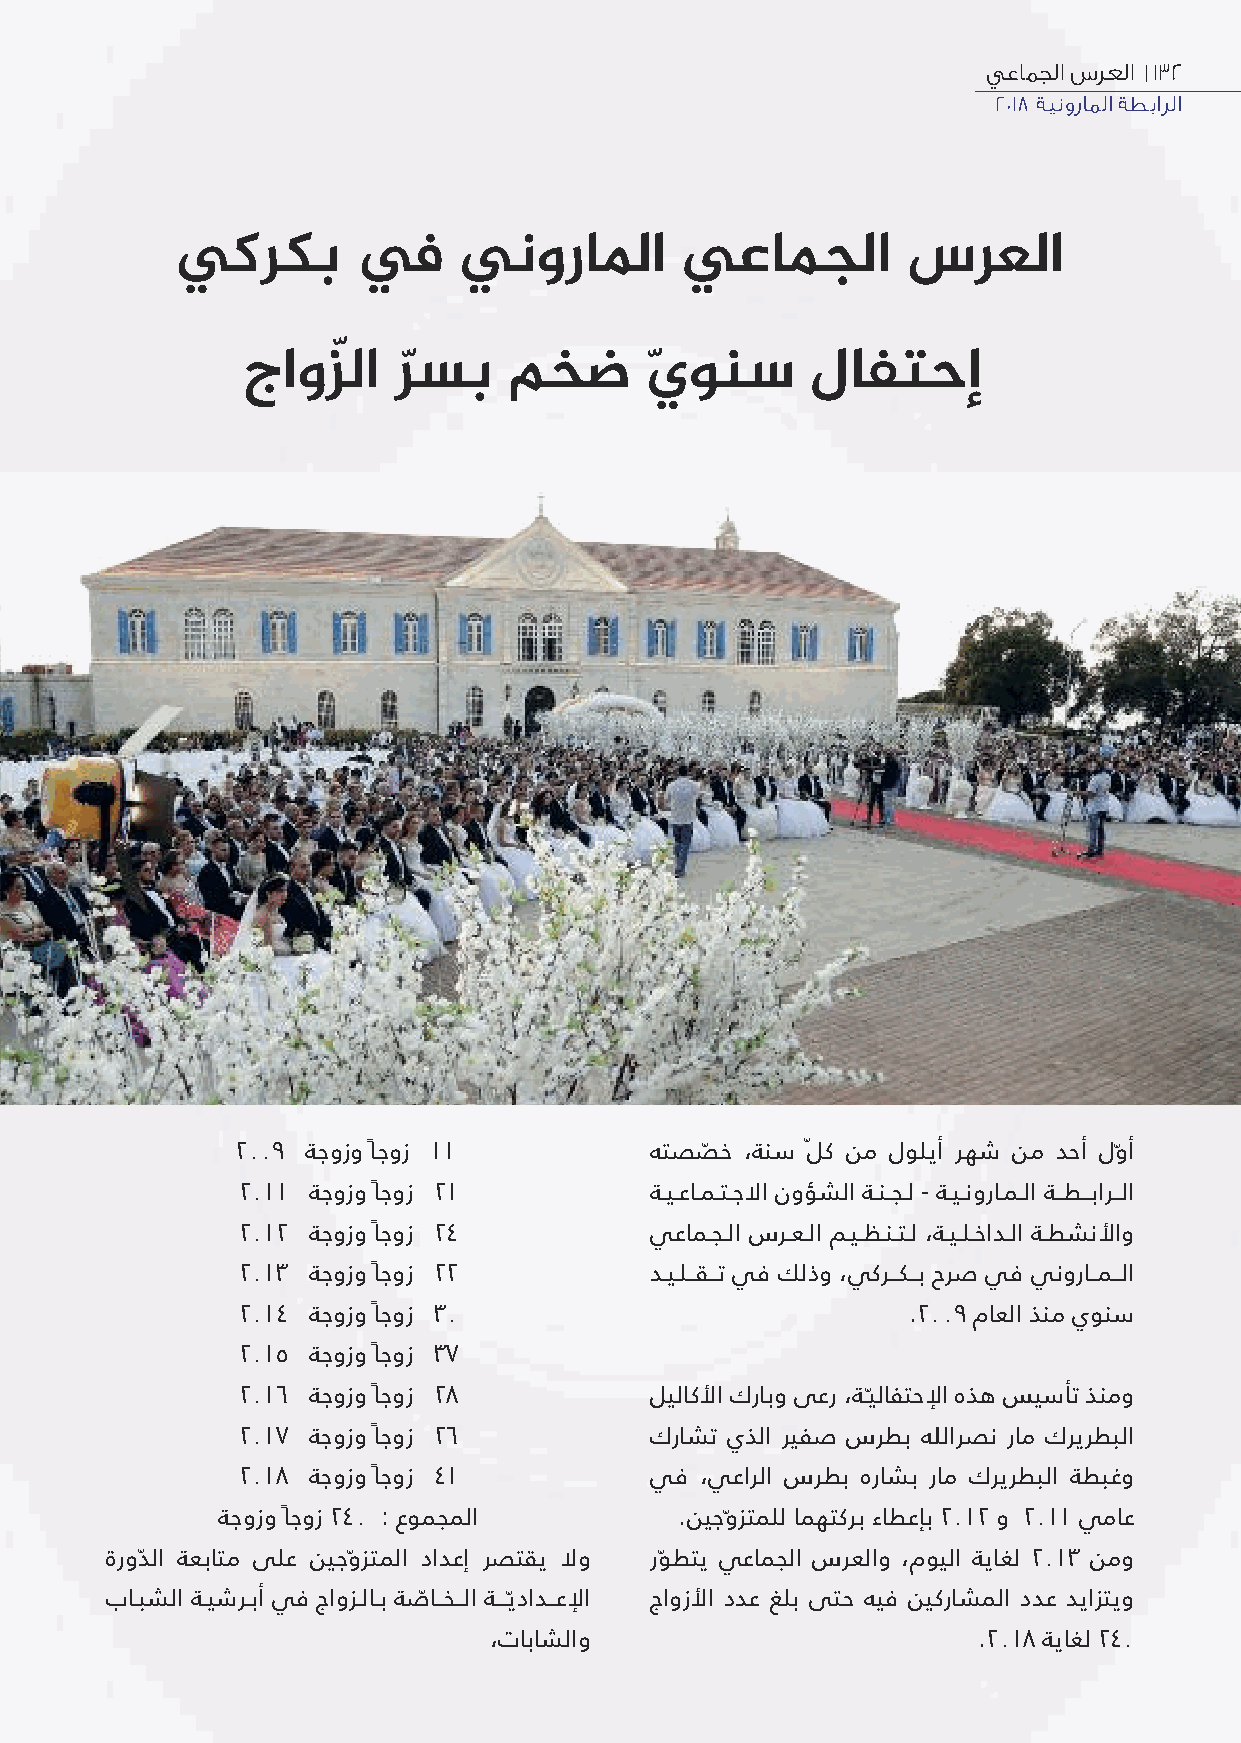
يعامجلا سرعلا |132
 2018 ةينوراملا ةطبارلا
 يكركب       في    ينوراﳌا        يعامجلا        سرعلا
 جاوزّلا   رسب     مخض      يونس       لافتحإ
 ّ                ّ
 2009 ةجوزو ًاجوز 11        هتصصّ خ ،ةنس لّ ك نم لوليأ رهش نم دحأ لوّأ
 2011 ةجوزو ًاجوز 21        ةـيـعاـمـتـجﻻا نوؤشلا ةـنـجـل - ةـيـنوراـمـلا ةــطــبارــلا
 2012 ةجوزو ًاجوز 24        يعامـجـلا سرـعـلا مـيـظـنـتـل ،ةـيـلـخادـلا ةـطشنﻷاو
 2013 ةجوزو ًاجوز 22        دـيـلــقــت يف كلذو ،يكرــكــب حرص يف ينوراــمــلا
 2014 ةجوزو ًاجوز 30                         .2009 ماعلا ذنم يونس
 2015 ةجوزو ًاجوز 37
 2016 ةجوزو ًاجوز 28        ليلاكﻷا كرابو ىعر ،ةـيّلافتحﻹا هذه سيسأت ذنمو
 2017 ةجوزو ًاجوز 26        كراشت يذلا ريفص سرطب ﷲرصن رام كريرطبلا
 2018 ةجوزو ًاجوز 41        يف ،يعارلا سرطب هراشب رام كريرطبلا ةطبغو
 ةجوزو ًاجوز 240 : عومجملا      .نيجوّزتملل امهتكرب ءاطعإب 2012 و 2011 يماع
 ةرودّلا ةعباتم ىلع نيجوّزتملا دادعإ رصتقي ﻻو روّطتي يعامجلا سرعلاو ،مويلا ةياغل 2013 نمو
 باـبشلا ةـيشرـبأ يف جاوزـلاـب ةصّاــخــلا ةـــيّدادــعﻹا جاوزﻷا ددع غلب ىتح هيف نيكراشملا ددع ديازتيو
 ،تاباشلاو                        .2018 ةياغل 240